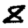
Digit: 8